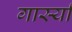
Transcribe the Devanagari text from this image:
गार्स्या